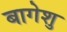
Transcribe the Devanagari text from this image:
बागेशु